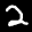
Label: 2